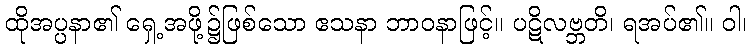
ထိုအပ္ပနာ၏ ရှေ့အဖို့၌ဖြစ်သော ဧသနာ ဘာဝနာဖြင့်။ ပဋိလဗ္ဘတိ၊ ရအပ်၏။ ဝါ၊